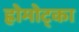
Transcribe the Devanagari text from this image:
ह्रोमोट्का